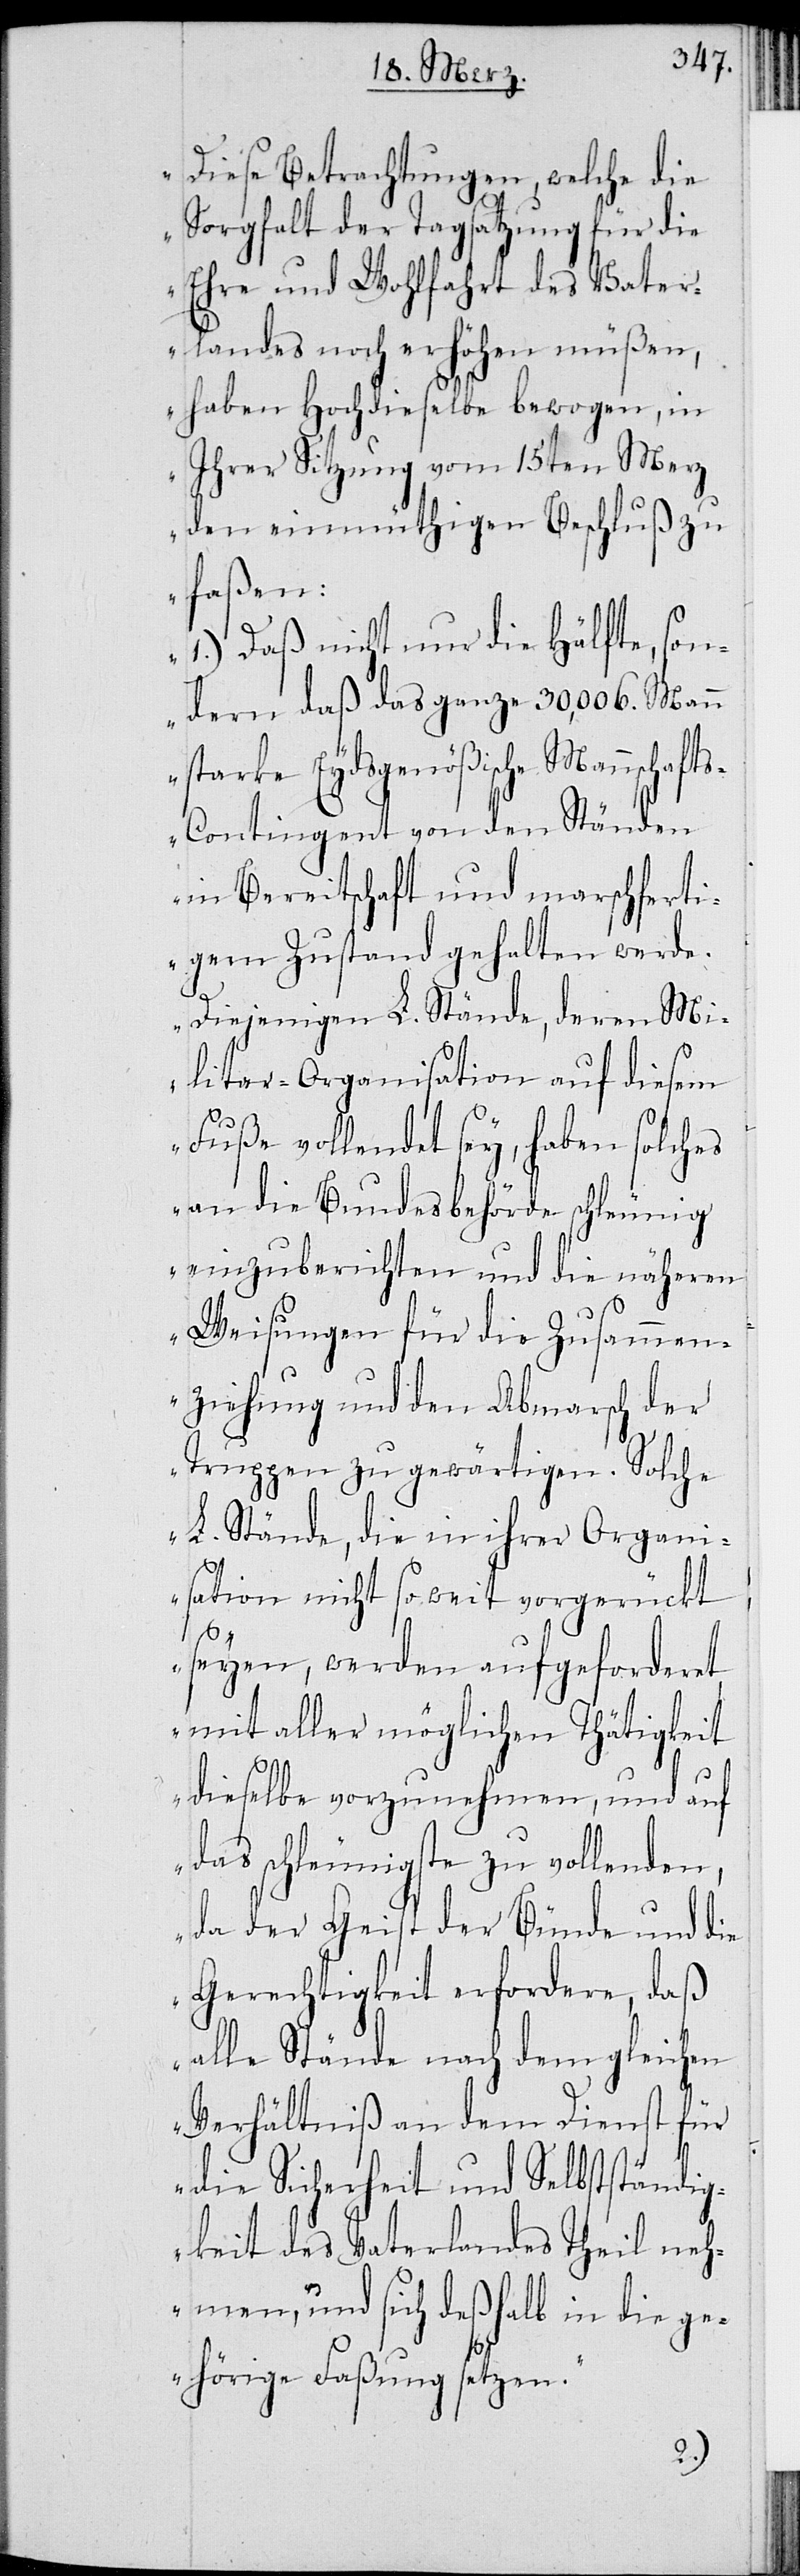
Diese Betrachtungen, welche die
Sorgfalt der Tagsatzung für die
Ehre und Wohlfahrt des Vater¬
landes noch erhöhen müßen,
haben Hochdieselbe bewogen, in
ihrer Sitzung vom 15ten Merz
den einmüthigen Beschluß zu
faßen:
1.) Daß nicht nur die Hälfte, son¬
dern daß ganze 30,006. Mann
starke Eydsgenößische Mannschaft¬
s-Contingent von den Ständen
in Bereitschaft und marschferti¬
gem Zustand gehalten werde.
Diejenigen L. Stände, deren Mi¬
litar-Organisation auf diesem
Fuße vollendet sey, haben solches
an die Bundesbehörde schleunig
einzuberichten und die näheren
Weisungen für die Zusammen¬
ziehung und den Abmarsch der
Truppen zu gewärtigen. Solche
L. Stände, die in ihrer Organi¬
sation nicht so weit vorgerückt
seyen, werden aufgeforderet,
mit aller möglichen Thätigkeit
dieselbe vorzunehmen, und auf
das schleunigste zu vollenden,
da der Geist der Bünde und die
Gerechtigkeit erfordere, daß
alle Stände nach dem gleichen
Verhältniß an dem Dienst für
die Sicherheit und Selbstständig¬
keit des Vaterlandes Theil neh¬
men, und sich deßhalb in die ge¬
hörige Faßung setzen.